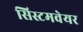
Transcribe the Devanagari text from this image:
सिस्टमवेयर